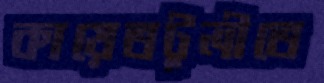
কায়েতটুলীতে